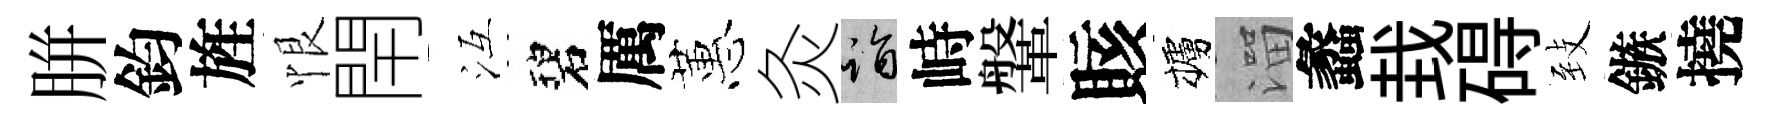
胼鈞旌恨閈冱碧厲蕙灸诣峙鞶賅櫨溜蠡㘽碍𦤺鏃撓